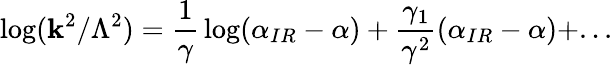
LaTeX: \log(\mathbf{k}^{2}/\Lambda^{2})={\frac{{1}}{{\gamma}}}\log(\alpha_{IR}-\alpha)+{\frac{{\gamma_{1}}}{{\gamma^{2}}}}(\alpha_{IR}-\alpha)+...